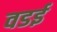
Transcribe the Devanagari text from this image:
वडई